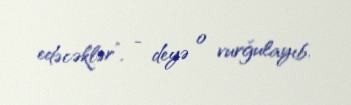
edəcəklər”, - deyə o vurğulayıb.